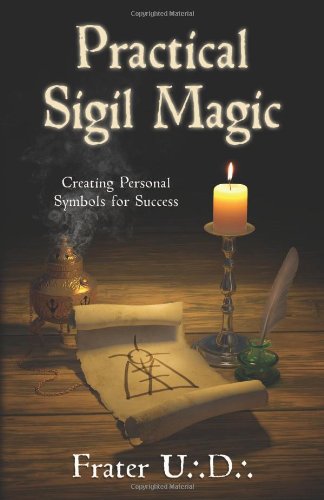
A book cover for Practical Sigil Magic: Creating Personal Symbols for Success; Frater U.:D.:; Religion & Spirituality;